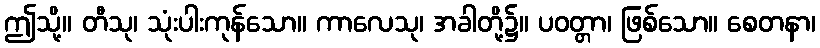
ဤသို့။ တီသု၊ သုံးပါးကုန်သော။ ကာလေသု၊ အခါတို့၌။ ပဝတ္တာ၊ ဖြစ်သော။ စေတနာ၊